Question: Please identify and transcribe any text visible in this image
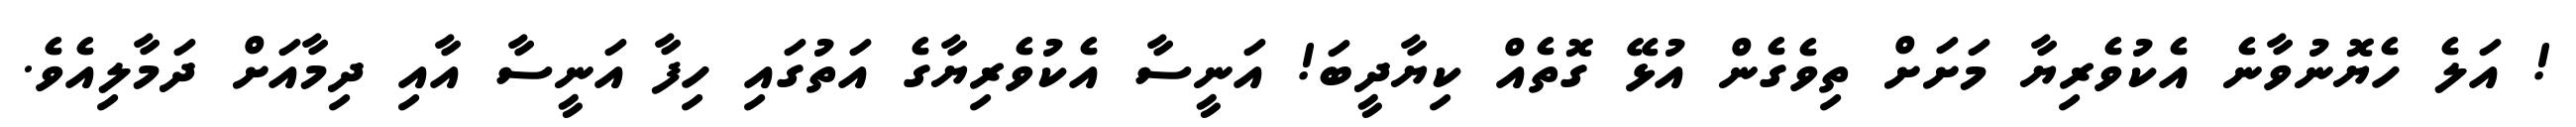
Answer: ! އަލެ ހެޔޮނުވާނެ އެކުވެރިޔާ މަށަށް ތިވެގެން އުޅޭ ގޮތެއް ކިޔާދީބަ! އަނީސާ އެކުވެރިޔާގެ އަތުގައި ހިފާ އަނީސާ އާއި ދިމާއަށް ދަމާލިއެވެ.